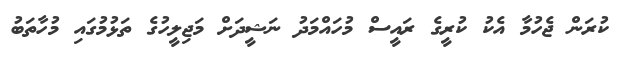
ކުރަން ޖެހުމާ އެކު ކުރީގެ ރައީސް މުހައްމަދު ނަޝީދަށް މަޖިލީހުގެ ތަޅުމުގައި މުހާތަބު